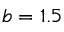
b = 1 . 5